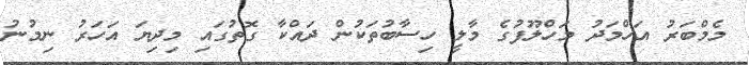
މެމްބަރު އަހްމަދު މަހްލޫފުގެ މާލީ ހިސާބުތަކުން ދައްކާ ގޮތުގައި މިދިޔަ އަހަރު ނިމުނު